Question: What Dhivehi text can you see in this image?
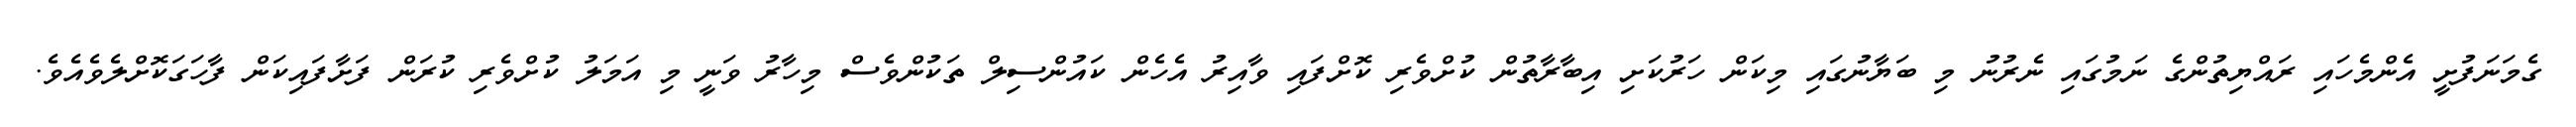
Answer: ގެމަނަފުށީ އެންމެހައި ރައްޔިތުންގެ ނަމުގައި ނެރުނު މި ބަޔާނުގައި މިކަން ހަރުކަށި އިބާރާތުން ކުށްވެރި ކޮށްފައި ވާއިރު އެހެން ކައުންސިލް ތަކުންވެސް މިހާރު ވަނީ މި އަމަލު ކުށްވެރި ކުރަން ފަށާފައިކަން ފާހަގަކޮށްލެވެއެވެ.